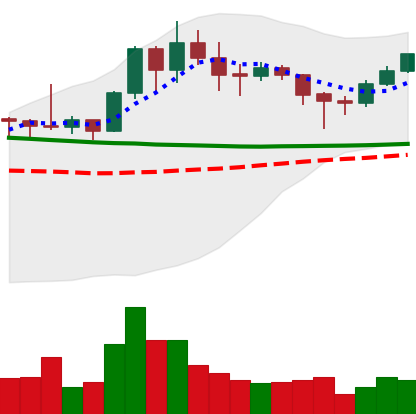
Ticker: XMR-USD
Chart end date: 2020-01-28
Forward return: 10.807%
Label: up_7plus